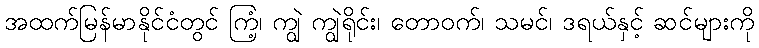
အထက်မြန်မာနိုင်ငံတွင် ကြံ့၊ ကျွဲ ကျွဲရိုင်း၊ တောဝက်၊ သမင်၊ ဒရယ်နှင့် ဆင်များကို